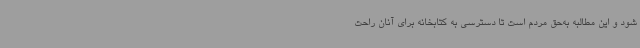
شود و این مطالبه به‌حق مردم است تا دسترسی به کتابخانه برای آنان راحت